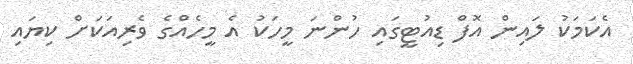
އެކަމަކު ލައިން އޮފް ޑިއުޓީގައި ހުންނަ މީހަކު އެ މީހެއްގެ ވެރިއަކަށް ކިޔައި